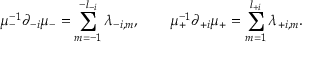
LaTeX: \mu _ { - } ^ { - 1 } \partial _ { - i } \mu _ { - } = \sum _ { m = - 1 } ^ { - l _ { - i } } \lambda _ { - i , m } , \qquad \mu _ { + } ^ { - 1 } \partial _ { + i } \mu _ { + } = \sum _ { m = 1 } ^ { l _ { + i } } \lambda _ { + i , m } .